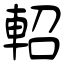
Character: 軺